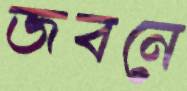
জবনে